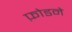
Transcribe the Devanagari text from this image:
फ़ोडने